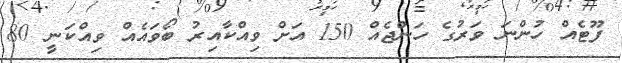
ފޫޓެއް ހުންނަ ވަރުގެ ހަންޖެއް 150 އަށް ވިއްކާއިރު ބޯވައެއް ވިއްކަނީ 80